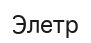
Элетр